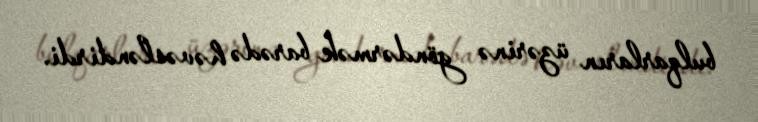
bulqarların üzərinə göndərmək barədə həvəsləndirdi.